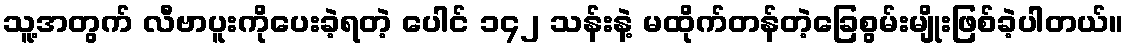
သူ့အတွက် လီဗာပူးကိုပေးခဲ့ရတဲ့ ပေါင် ၁၄၂ သန်းနဲ့ မထိုက်တန်တဲ့ခြေစွမ်းမျိုးဖြစ်ခဲ့ပါတယ်။